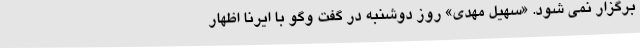
برگزار نمی‌ شود. «سهیل مهدی» روز دوشنبه در گفت وگو با ایرنا اظهار